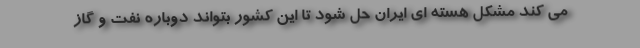
می کند مشکل هسته ای ایران حل شود تا این کشور بتواند دوباره نفت و گاز